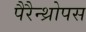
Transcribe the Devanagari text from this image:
पैरैन्थ्रोपस